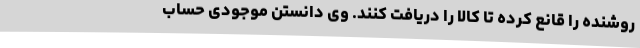
روشنده را قانع کرده تا کالا را دریافت کنند. وی دانستن موجودی حساب